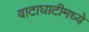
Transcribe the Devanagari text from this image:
वाटाघाटीमध्ये